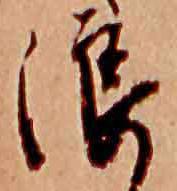
浪